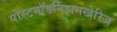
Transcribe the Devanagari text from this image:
पोस्टमॉडर्निझमखेरिज